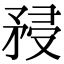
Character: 𥍯